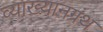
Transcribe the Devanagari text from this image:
व्याख्यानग्रंथ